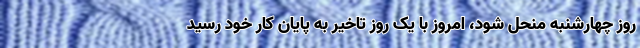
روز چهارشنبه منحل شود، امروز با یک روز تاخیر به پایان کار خود رسید